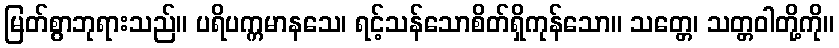
မြတ်စွာဘုရားသည်။ ပရိပက္ကမာနသေ၊ ရင့်သန်သောစိတ်ရှိကုန်သော။ သတ္တေ၊ သတ္တဝါတို့ကို။